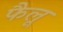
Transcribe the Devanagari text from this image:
फैलू